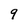
Character: 9